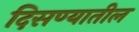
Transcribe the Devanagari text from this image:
दिसण्यातील